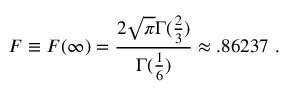
F \equiv F ( \infty ) = \frac { 2 \sqrt \pi \Gamma ( \frac { 2 } { 3 } ) } { \Gamma ( \frac { 1 } { 6 } ) } \approx . 8 6 2 3 7 \ .